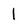
Character: 1